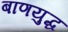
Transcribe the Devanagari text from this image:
बाणयुद्ध